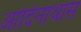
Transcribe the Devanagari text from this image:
आदिनाथास